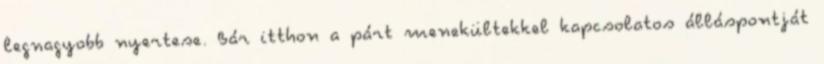
legnagyobb nyertese. Bár itthon a párt menekültekkel kapcsolatos álláspontját